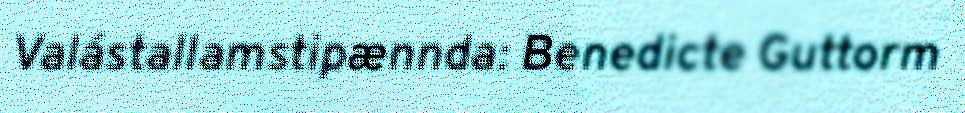
Valástallamstipænnda: Benedicte Guttorm